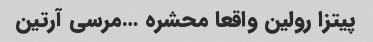
پیتزا رولین واقعا محشره …مرسی آرتین